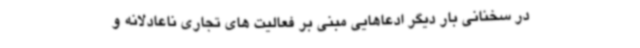
در سخنانی بار دیگر ادعاهایی مبنی بر فعالیت های تجاری ناعادلانه و